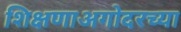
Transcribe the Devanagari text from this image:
शिक्षणाअगोदरच्या